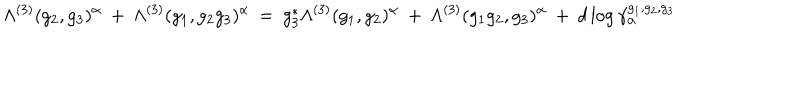
LaTeX: \Lambda ^ { ( 3 ) } ( g _ { 2 } , g _ { 3 } ) ^ { \alpha } \: + \: \Lambda ^ { ( 3 ) } ( g _ { 1 } , g _ { 2 } g _ { 3 } ) ^ { \alpha } \: = \: g _ { 3 } ^ { * } \Lambda ^ { ( 3 ) } ( g _ { 1 } , g _ { 2 } ) ^ { \alpha } \: + \: \Lambda ^ { ( 3 ) } ( g _ { 1 } g _ { 2 } , g _ { 3 } ) ^ { \alpha } \: + \: d \log \gamma _ { \alpha } ^ { g _ { 1 } , g _ { 2 } , g _ { 3 } }